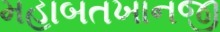
મહાબતખાનજી